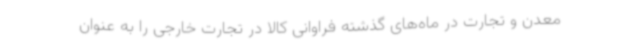
معدن و تجارت در ماه‌های گذشته فراوانی کالا در تجارت خارجی را به عنوان